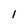
Character: I